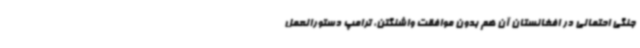
جنگی احتمالی در افغانستان آن هم بدون موافقت واشنگتن، ترامپ دستورالعمل